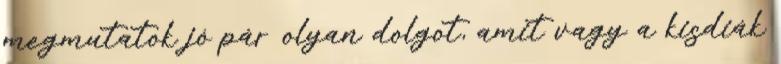
megmutatok jó pár olyan dolgot, amit vagy a kisdiák